65_HS1-834228961_62-HQ-83894_Section_6
Agency: FBI
Page 63
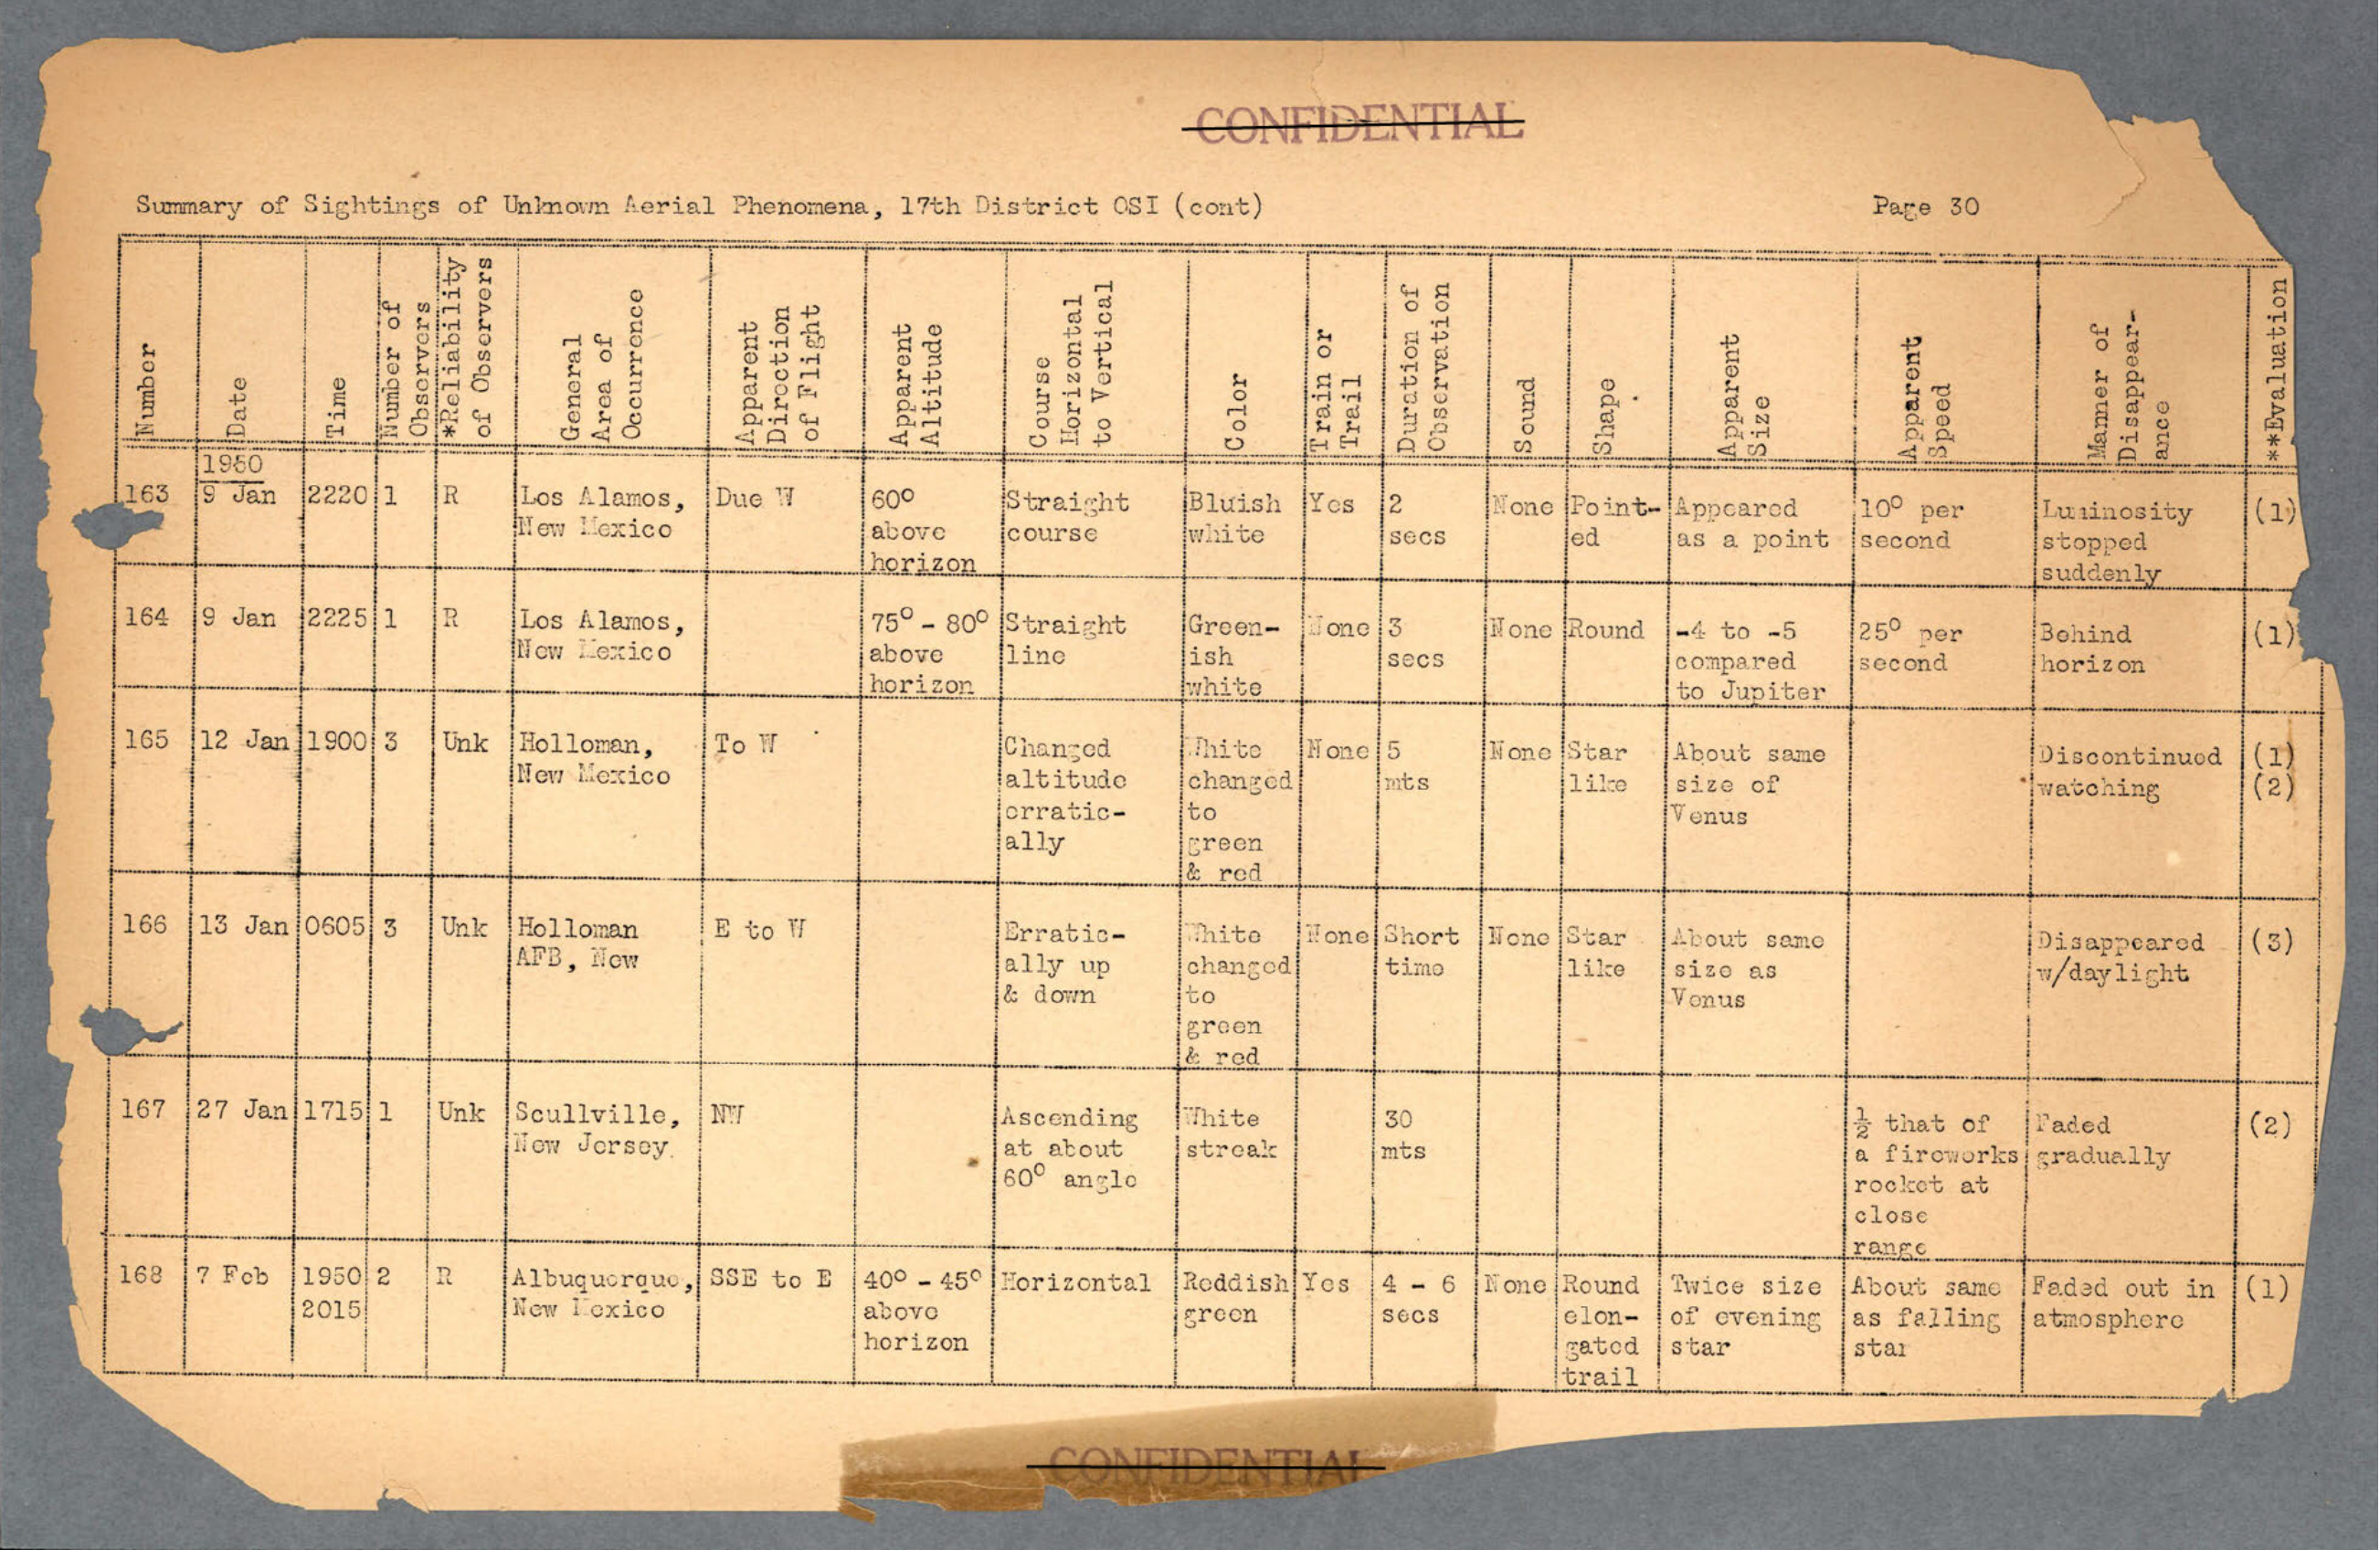